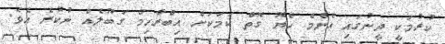
ކުރުމަކީ ދީނުގައި އެންމެ ހެޔޮ ގޮތް ކަމަކަށް އިބްރާހިމް ގަބޫލެއް ނުކުރެ އެވެ.